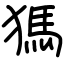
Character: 獁